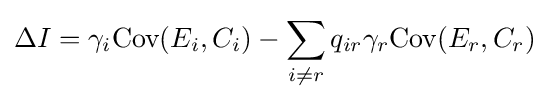
\Delta I=\gamma _{i}{\text{Cov}}(E_{i},C_{i})-\sum _{i\neq r}q_{ir}\gamma _{r}{\text{Cov}}(E_{r},C_{r})